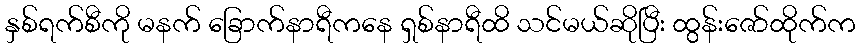
နှစ်ရက်စီကို မနက် ခြောက်နာရီကနေ ရှစ်နာရီထိ သင်မယ်ဆိုပြီး ထွန်းဇော်ထိုက်က